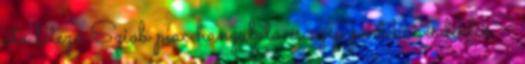
óta létező Sziob piac hangulata és szép portékái érdeklik?